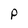
Character: P